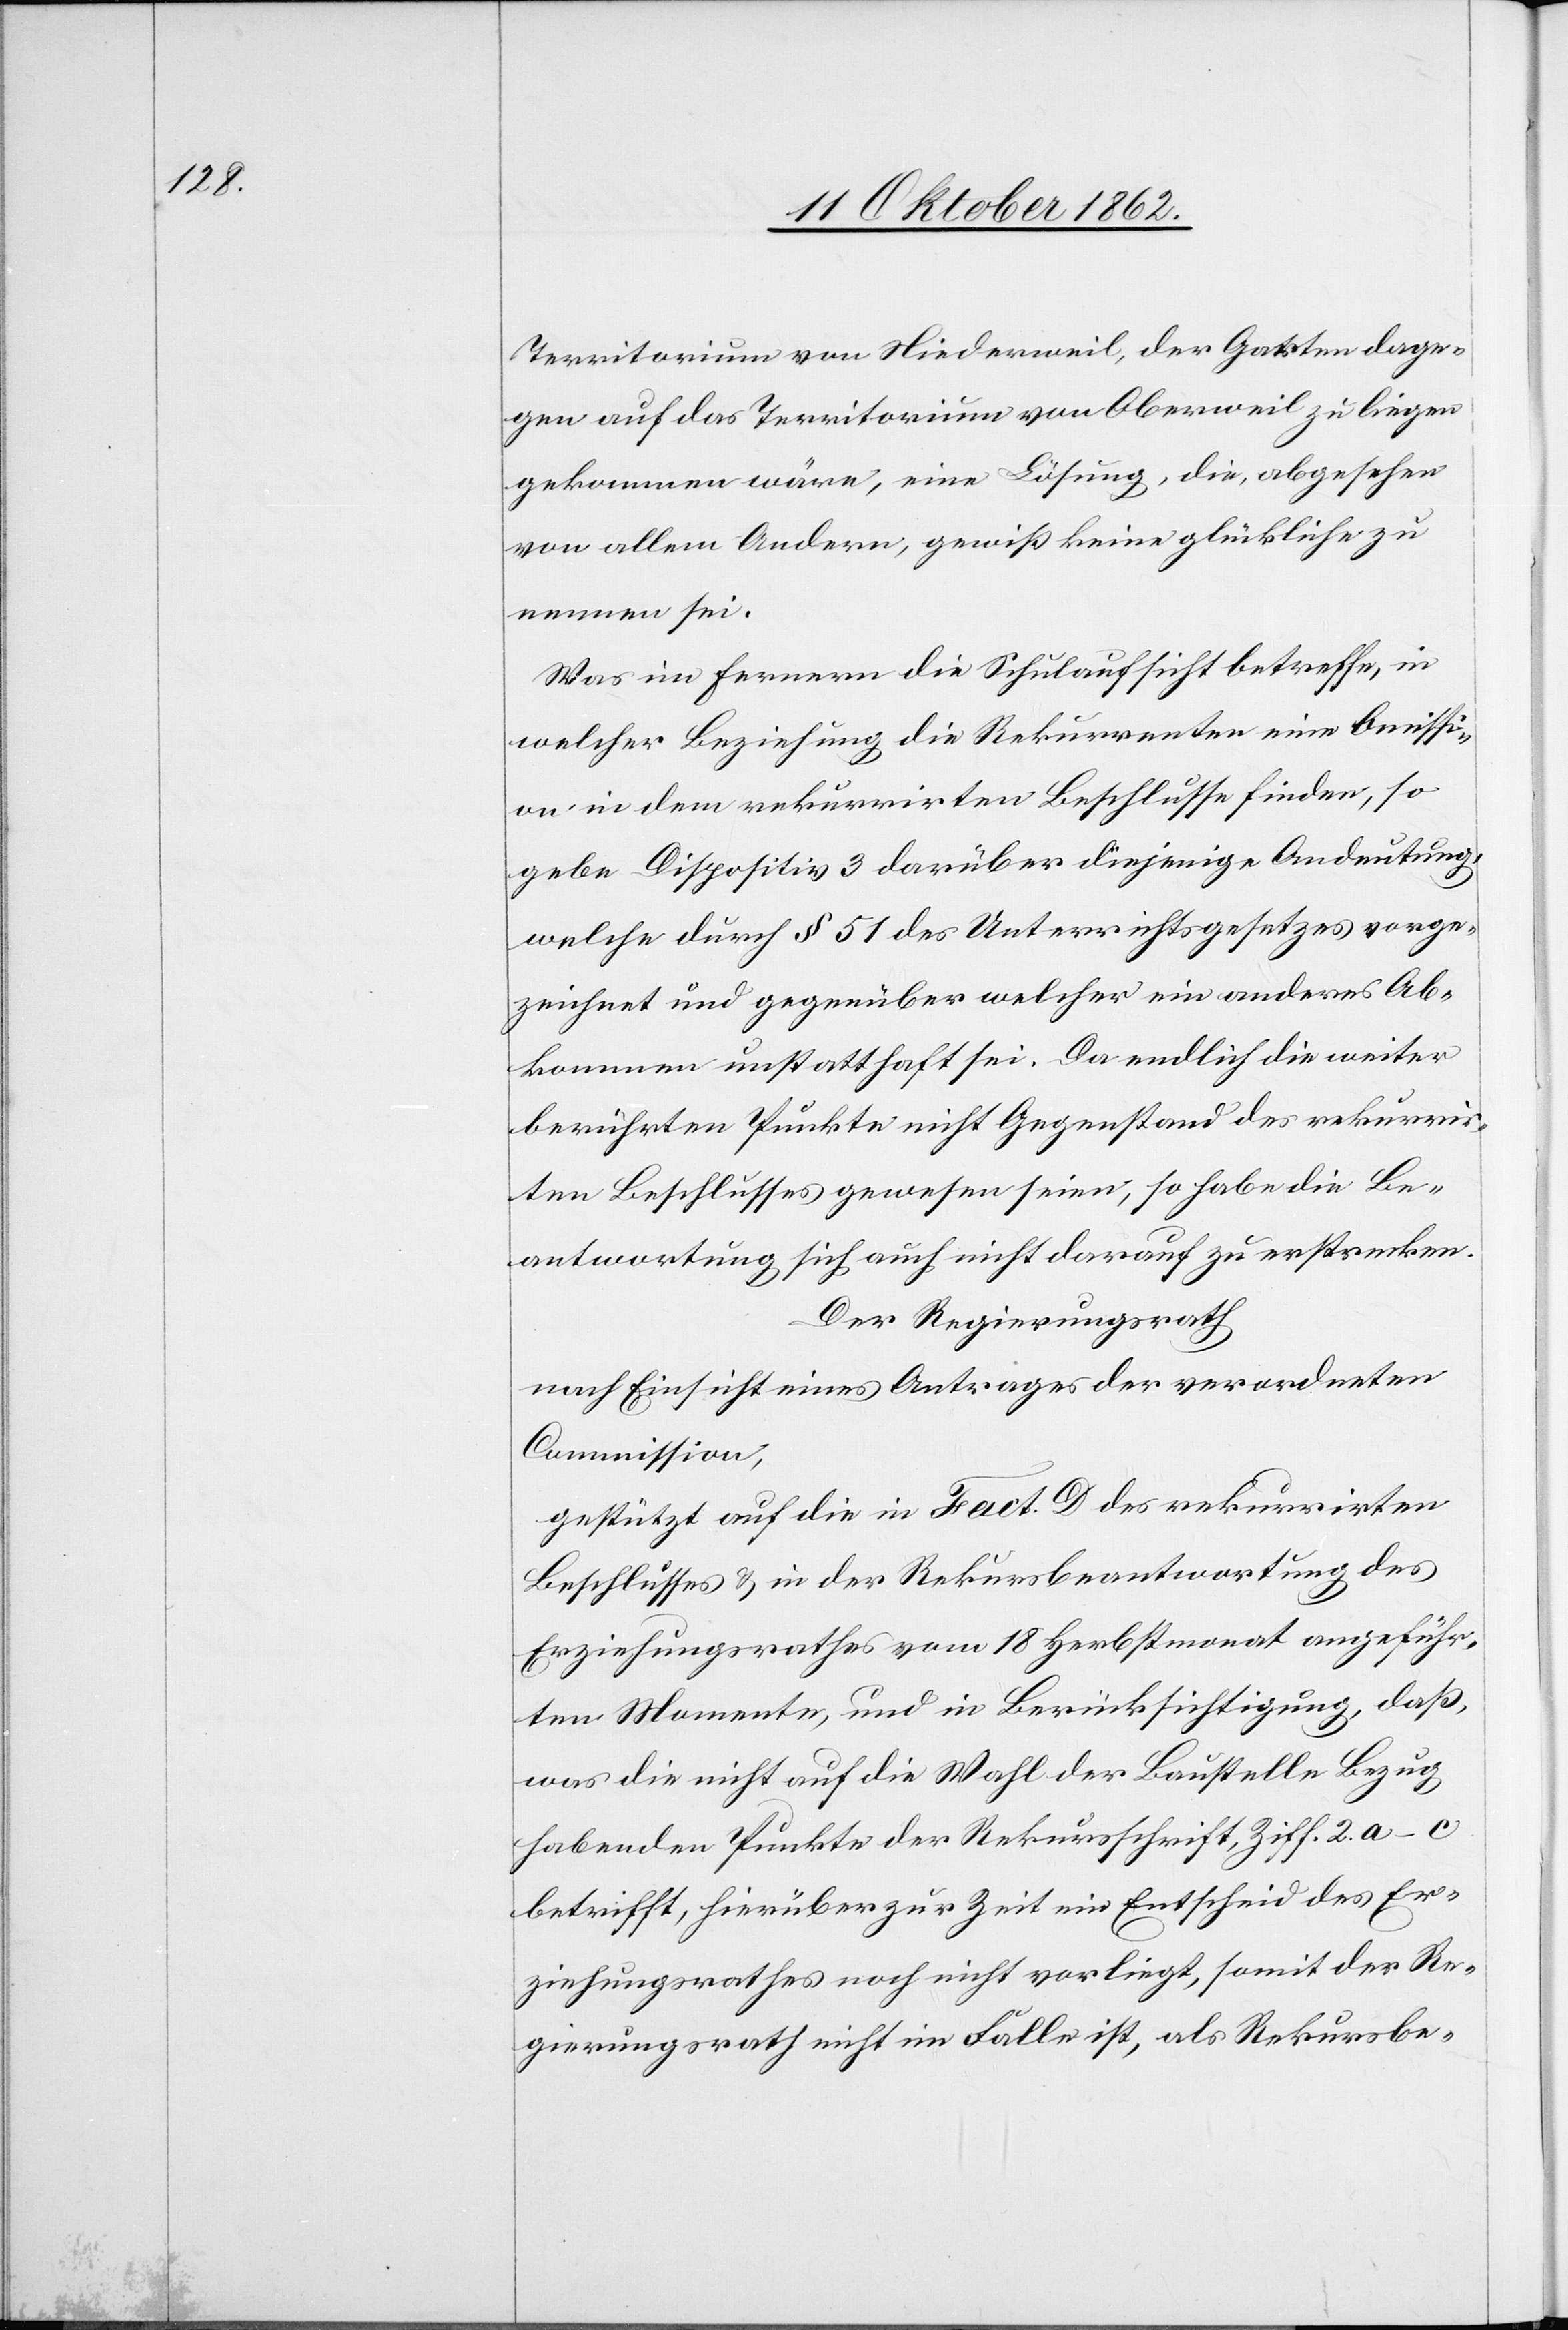
Territorium von Niederweil, der Garten dage¬
gen auf das Territorium von Oberweil zu liegen
gekommen wäre, eine Lösung, die, abgesehen
von allem Andern, gewiß keine Glückliche zu
nennen sei.
Was im fernern die Schulaufsicht betreffe, in
welcher Beziehung die Rekurrenten eine [Con?]issi¬
on in dem rekurrirten Beschlusse finden, so
gebe Dispositiv 3 darüber diejenige Andeutung,
welche durch §. 51 des Unterrichtsgesetzes vorge¬
zeichnet und gegenüber welcher ein anderes Ab¬
kommen unstatthaft sei. Da endlich die weiter
berührten Punkte nicht Gegenstand des rekurrir¬
ten Beschlusses gewesen seien, so habe die Be¬
antwortung sich auch nicht darauf zu erstrecken.
Der Regierungsrath
nach Einsicht eines Antrages der verordneten
Commission,
gestützt auf die Fact. D des rekurrirten
Beschlusses u. in der Rekursbeantwortung des
Erziehungsrathes vom 18. Herbstmonat angeführ¬
ten Momente, und in Berücksichtigung, daß,
was die nicht auf die Wahl der Baustelle Bezug
habenden Punkte der Rekursschrift, Ziff. 2 a–c
betrifft, hierüber zur Zeit ein Entscheid des Er¬
ziehungsrathes noch nicht vorliegt, somit der Re¬
gierungsrath nicht im Falle ist, als Rekursbe-